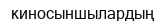
киносыншылардың